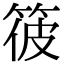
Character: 𥭪